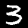
Digit: 3